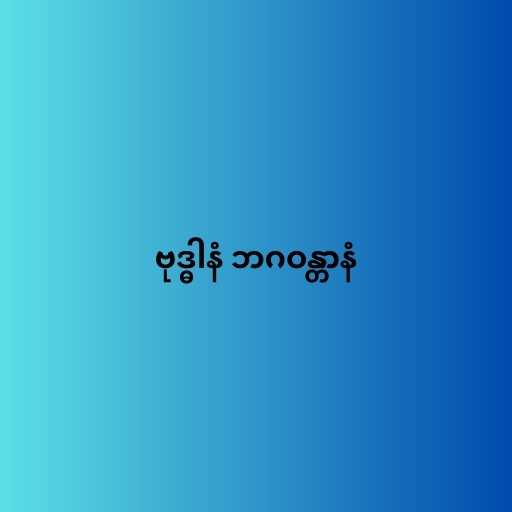
ဗုဒ္ဓါနံ ဘဂဝန္တာနံ